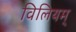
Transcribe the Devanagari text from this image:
विलियम्